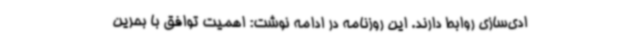
ادی‌سازی روابط دارند. این روزنامه در ادامه نوشت: اهمیت توافق با بحرین